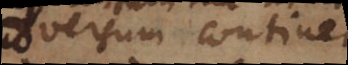
adversum continet